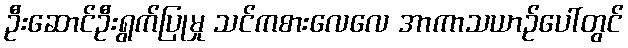
ဦးဆောင်ဦးရွက်ပြုမှု သင်ကစားလေလေ အာကာသယာဉ်ပေါ်တွင်